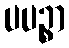
ပပဉ္စာ